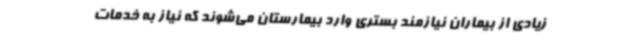
زیادی از بیماران نیازمند بستری وارد بیمارستان می‌شوند که نیاز به خدمات